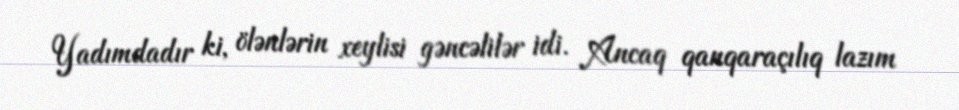
Yadımdadır ki, ölənlərin xeylisi gəncəlilər idi. Ancaq qanqaraçılıq lazım